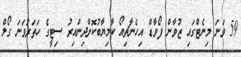
59 ވަނަ މިނެޓްގައި ޒުވާން ފޯވާޑް އިހެނާޗިއޯ ކާމިޔާބުކޮށްދިންއިރު ސިޓީގެ ހަތަރުވަނަ ގޯލް